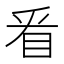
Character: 㸔